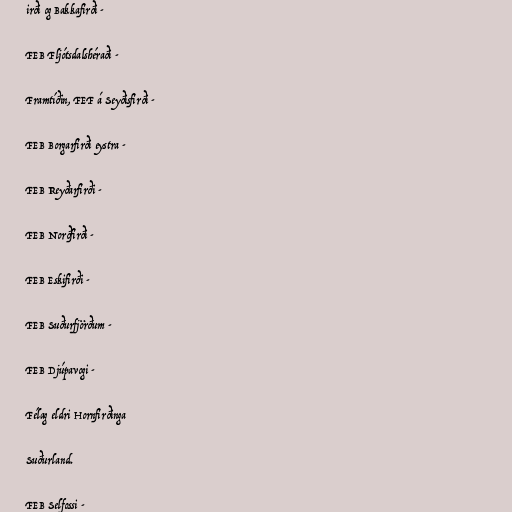
irði og Bakkafirði -

FEB Fljótsdalshéraði -

Framtíðin, FEF á Seyðisfirði -

FEB Borgarfirði eystra -

FEB Reyðarfirði -

FEB Norðfirði -

FEB Eskifirði -

FEB Suðurfjörðum -

FEB Djúpavogi -

Félag eldri Hornfirðinga

Suðurland.

FEB Selfossi -